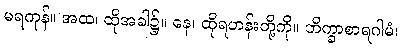
မရကုန်။ အထ၊ ထိုအခါ၌။ နေ၊ ထိုရဟန်းတို့ကို။ ဘိက္ခာစာရဂါမံ၊